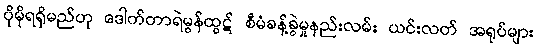
ပိုမိုရရှိမည်ဟု ဒေါက်တာရဲမွန်ထွဋ် စီမံခန့်ခွဲမှုနည်းလမ်း ယင်းလတ် အရုပ်များ